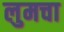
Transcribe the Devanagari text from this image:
लुमचा